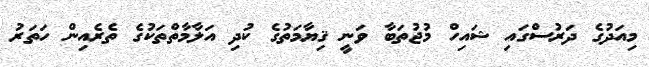
މިއަދުގެ ދަރުސްގައި ޝައިހް މުޖުތަބާ ވަނީ ޤިޔާމަތުގެ ކުދި އަލާމާތްތަކުގެ ތެރެއިން ހަތަރު